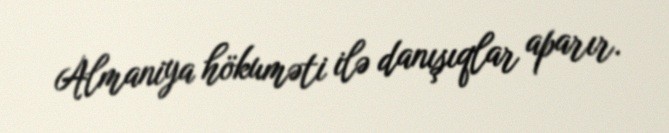
Almaniya hökuməti ilə danışıqlar aparır.